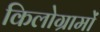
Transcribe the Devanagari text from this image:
किलोग्रामों